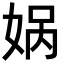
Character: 娲